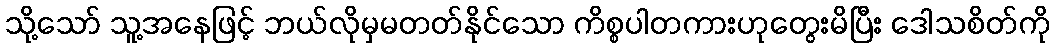
သို့သော် သူ့အနေဖြင့် ဘယ်လိုမှမတတ်နိုင်သော ကိစ္စပါတကားဟုတွေးမိပြီး ဒေါသစိတ်ကို